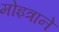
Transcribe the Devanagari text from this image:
मोइत्राने